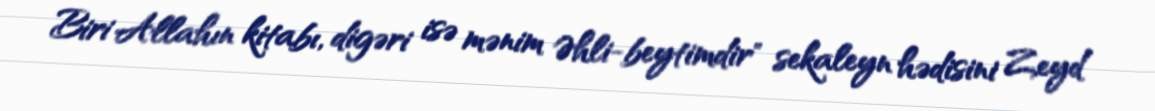
Biri Allahın kitabı, digəri isə mənim Əhli-beytimdir" sekaleyn hədisini Zeyd